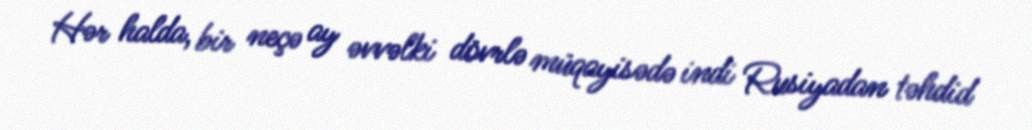
Hər halda, bir neçə ay əvvəlki dövrlə müqayisədə indi Rusiyadan təhdid